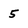
Character: 5